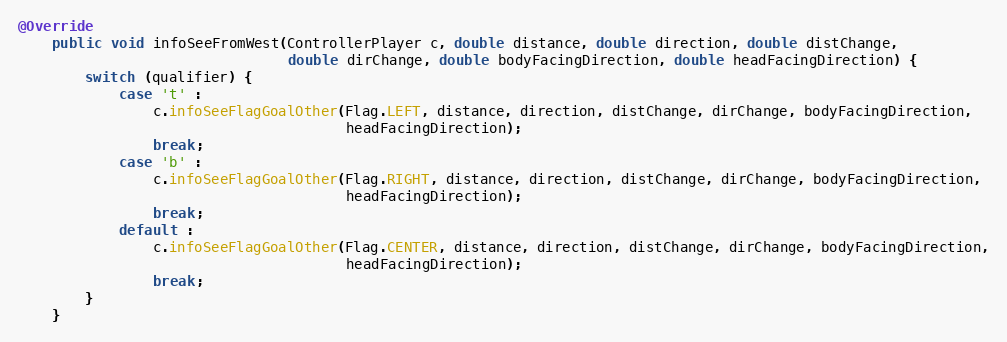
Language: Java
@Override
    public void infoSeeFromWest(ControllerPlayer c, double distance, double direction, double distChange,
                                double dirChange, double bodyFacingDirection, double headFacingDirection) {
        switch (qualifier) {
            case 't' :
                c.infoSeeFlagGoalOther(Flag.LEFT, distance, direction, distChange, dirChange, bodyFacingDirection,
                                       headFacingDirection);
                break;
            case 'b' :
                c.infoSeeFlagGoalOther(Flag.RIGHT, distance, direction, distChange, dirChange, bodyFacingDirection,
                                       headFacingDirection);
                break;
            default :
                c.infoSeeFlagGoalOther(Flag.CENTER, distance, direction, distChange, dirChange, bodyFacingDirection,
                                       headFacingDirection);
                break;
        }
    }